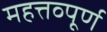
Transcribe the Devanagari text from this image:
महत्तव्पूर्ण